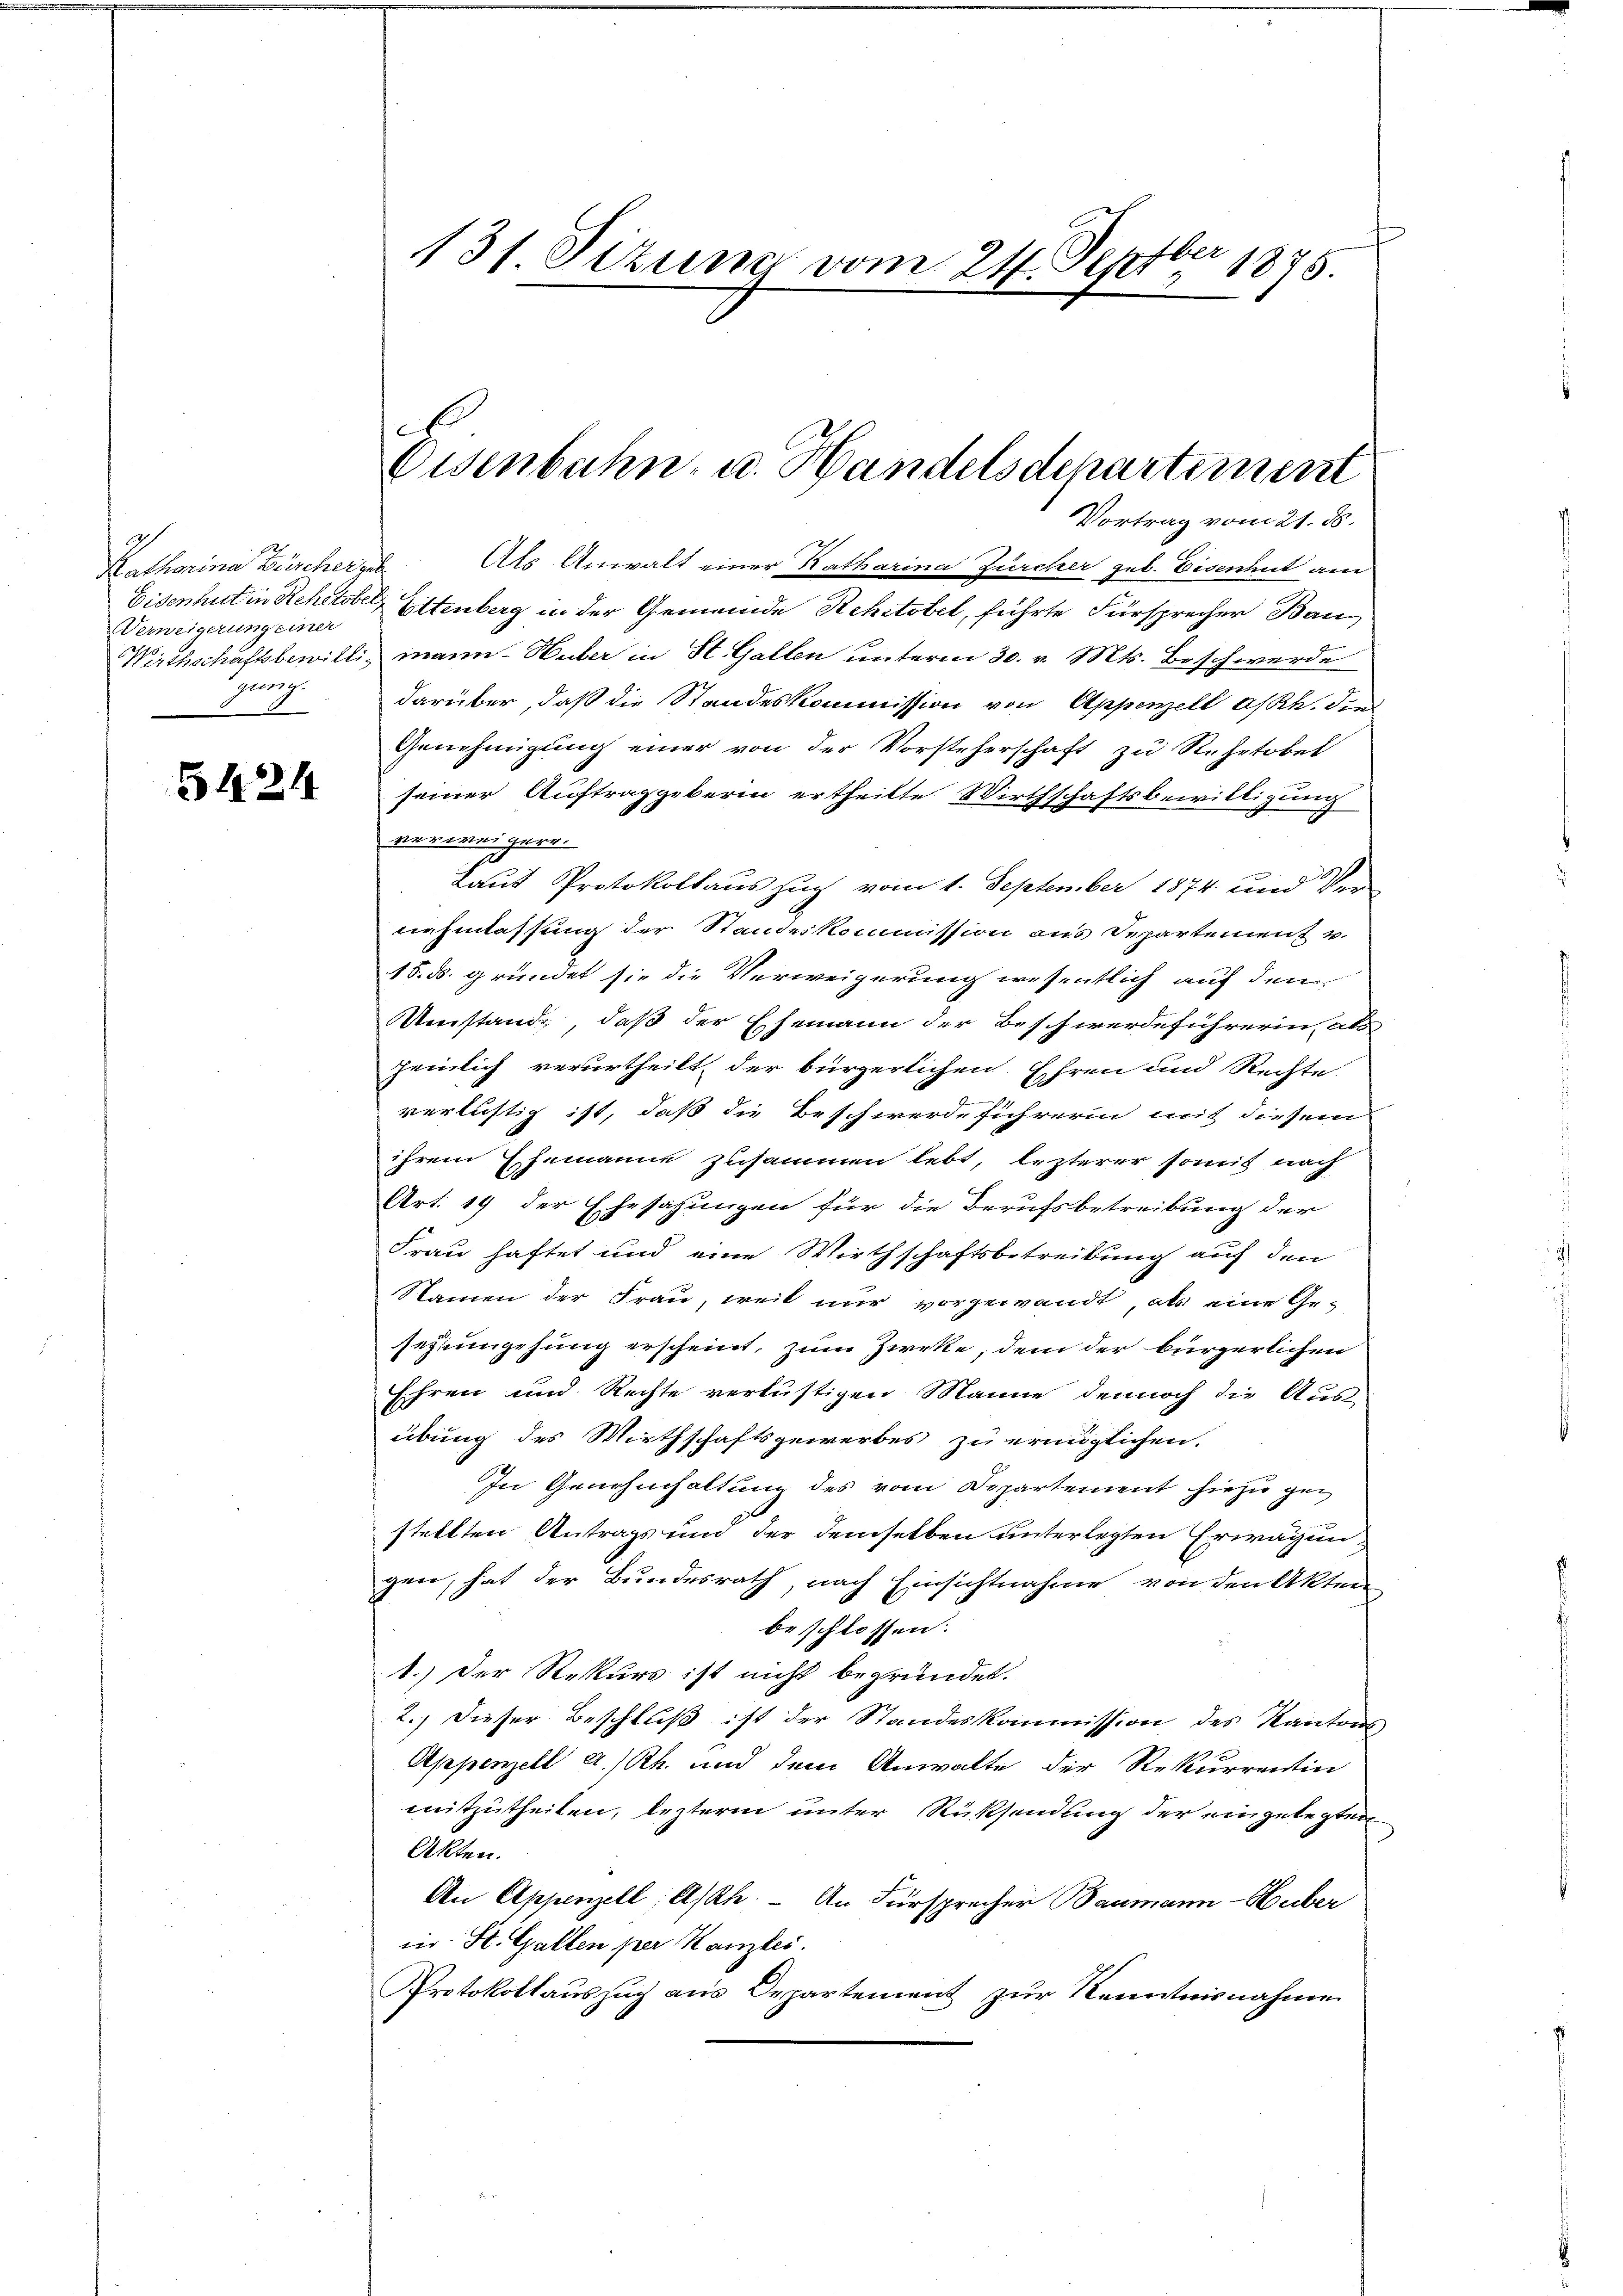
12
Katharina Bürcher sel
Verweigerung einer
Zug

5424

Vortrag vom 21. ds.
Als Anwalt einer Katharina Zürcher geb. Eisenhut am
Eisenhut in Rohstobel Ettenberg in der Gemeinde Rehitobel, führte Fürsprecher Bau
Wirthschaftsbewilli, mann Huber in St. Gallen unterm 30. v. Mts. Beschwerde
darüber, daß die Standeskommission von Appenzell a/Rh. die
Genehmigung einer von der Vorsteherschaft zu Rehetobel
seiner Auftraggeberin ertheilte Wirthschaftsbewilligung
verweigere.
Laut Protokollauszug vom 1. September 1874 und Ver-
nehmlassung der Standeskommission aus Departement v.
18. ds. gründet sie die Verweigerung wesentlich auf den
mstand, daß der Ehemann der Beschwerdeführerin, als
heinlich verurtheilt, der bürgerlichen Ehren und Rechte
verlustig ist, daß die Beschwerdeführerin mit diesen
ihrem Ehemanne zusammen lebt, lezterer somit nach
Art. 19 der Ehrsahungen für die Berufsbetreibung der
Frau haftet und eine Wirthschaftsbetreibung auf den
Namen der Frau, weit nur vorgewandt, als eine Gesezmgehung erscheint, zum Zweke, dem der bürgerlichen
Ehren und Rechte verlustigen Manne dennoch die Aus-
übung des Wirthschaftsgewerbes zu ermöglichen.
In Genehmhaltung des vom Departement hiezu gen
stellten Antrags und der demselben unterlegten Erwägung
gen, hat der Bundesrath, nach Einsichtnahme von den Akten
beschlossen:
1.) Der Rekurs ist nicht begründet.
2.) Dieser Beschluß ist der Standeskommission des Kantons
Appenzell A/Rh. und dem Anwalte der Rekurrentin
mitzutheilen, lezteren unter Rücksendung der eingelegten
Akten.
An Appenzell A/Rhe; – An Fürsprecher Baumann-Huber
in St. Gallen per Kanzlei.
Protokollauszug aus Departement zur Kenntnisnahme

A
131. Sitzung vom 24. Sept. 1875.

.
Eisenbahn- u. Handelsdchartement